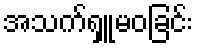
အသက်ရှူမဝခြင်း